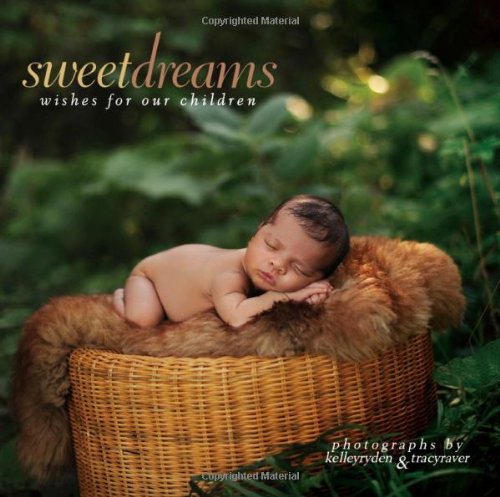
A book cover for Sweet Dreams: Wishes for Our Children; Tracy Raver; Arts & Photography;